Annual administration report of the Civil Veterinary Department of India - 1896-1897
Year: 1896
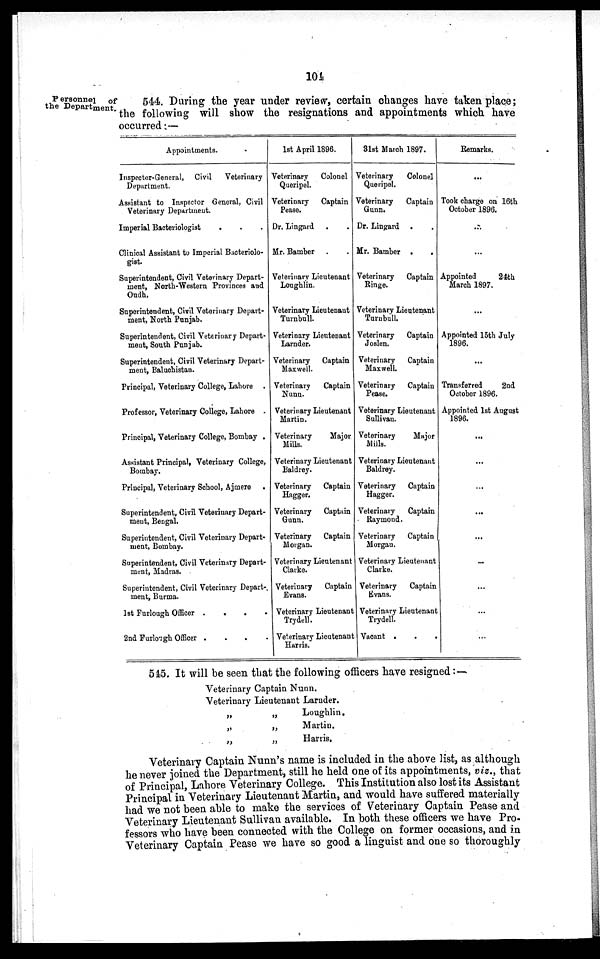
104
Personnel of
the Department.
544. During the year under review, certain changes have taken place;
the following will show the resignations and appointments which have
occurred:—
Appointments.
Inspector-General, Civil
Veterinary
Department.
Assistant to Inspector General, Civil
Veterinary Departmeut.
Imperial Bacteriologist
Clinical Assistant to Imperial Bacteriolo-
gist.
Superintendent, Civil Veterinary Depart-
ment, North-Western Provinces and
Oudh.
Superintendent, Civil Veterinary Depart-
ment, North Punjab.
Superintendent, Civil Veterinary Depart-
ment, South Punjab.
Superintendent, Civil Veterinary Depart-
ment, Baluchistan.
Principal, Veterinary College, Lahore .
Professor, Veterinary College, Lahore .
Principal, Veterinary College, Bombay .
Assistant Principal, Veterinary College,
Bombay.
Principal, Veterinary School, Ajmere .
Superintendent, Civil Veteriuary Depart-
ment, Bengal.
Superintendent, Civil Veterinary Depart-
ment, Bombay.
Superintendent, Civil Veterinary Depart-
ment, Madras.
Superintendent, Civil Veterinary Depart-
ment, Burma.
1st Furlough Officer .
.
.
.
2nd Furlough Officer .
.
.
.
1st April 1896.
Veterinary
Colonel
Queripel.
Veterinary Captain
Pease.
Dr. Lingard . .
Mr. Bamber . .
Veterinary Lieutenant
Loughlin.
Veterinary Lieutenant
Turnbull.
Veterinary Lieutenant
Larnder.
Veterinary Captain
Maxwell.
Veterinary
Captain
Nunn.
Veterinary Lieutenant
Martin.
Veterinary
Major
Mills.
Veterinary Lieutenant
Baldrey.
Veterinary Captain
Hagger.
Veterinary Captain
Gunn.
Veterinary Captain
Morgan.
Veterinary Lieutenant
Clarke.
Veterinary Captain
Evans.
Veterinary Lieutenant
Trydell.
Veterinary Lieutenant
Harris.
31st March 1897.
Veterinary
Colonel
Queripel.
Veterinary
Captain
Gunn.
Dr. Lingard . .
Mr. Bamber . .
Veterinary Captain
Ringe.
Veterinary Lieutenant
Turnbull.
Veterinary
Captain
Joslen.
Veterinary
Captain
Maxwell.
Veterinary Captain
Pease.
Veterinary Lieutenant
Sullivan.
Veterinary
Major
Mills.
Veterinary Lieutenant
Baldrey.
Veterinary Captain
Hagger.
Veterinary
Captain
Raymond.
Veterinary
Captain
Morgau.
Veterinary Lieutenant
Clarke.
Veterinary
Captain
Evans.
Veterinary Lieutenant
Trydell.
Vacant .
.
.
Remarks.
Took charge on 16th
October 1896.
...
Appointed
24th
March 1897.
Appointed 15th July
1896.
Transferred
2nd
October 1896.
Appointed 1st August
1896.
...
...
...
...
...
...
545. It will be seen that the following officers have resigned:—
Veterinary Captain Nunn.
Veterinary Lieutenant Laruder.
„
„
„
„
„
„
Loughlin.
Martin.
Harris.
Veterinary Captain Nunn's name is included in the above list, as although
he never joined the Department, still he held one of its appointments, viz., that
of Principal, Lahore Veterinary College. This Institution also lost its Assistant
Principal in Veterinary Lieutenant Martin, and would have suffered materially
had we not been able to make the services of Veterinary Captain Pease and
Veterinary Lieutenant Sullivan available. In both these officers we have Pro-
fessors who have been connected with the College on former occasions, and in
Veterinary Captain Pease we have so good a linguist and one so thoroughly